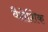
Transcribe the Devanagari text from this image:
वैशेशिक